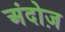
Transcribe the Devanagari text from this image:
अंदोज़